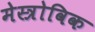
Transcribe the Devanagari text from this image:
मेस्त्रोविक